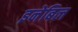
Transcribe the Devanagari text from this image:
इनेबिल